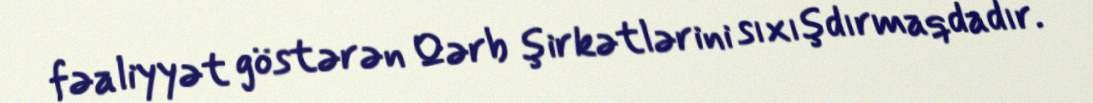
fəaliyyət göstərən Qərb şirkətlərini sıxışdırmaqdadır.